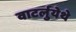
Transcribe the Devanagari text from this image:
वाटर्लुयेथे